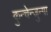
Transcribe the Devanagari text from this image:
कुन्चेन्जुन्गा